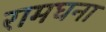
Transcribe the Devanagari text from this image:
रामघना